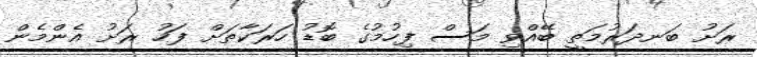
ރަށު ބަނދަރުމަތީ ބޭއްވި މަސް ފިހުމުގެ ބޮޑު ހަރަކާތަށް ފަހު ރަށު އެންމެން